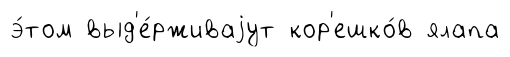
э́том выд'е́рживаjут кор'ешко́в ялапа